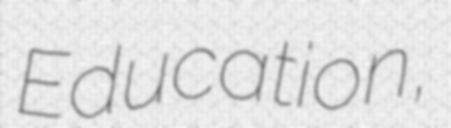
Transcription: Education,